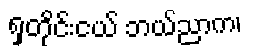
ရှတိုင်းငယ် ဘယ်ညာက၊